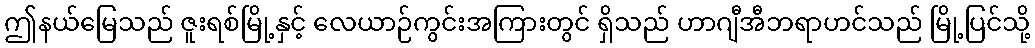
ဤနယ်မြေသည် ဇူးရစ်မြို့နှင့် လေယာဉ်ကွင်းအကြားတွင် ရှိသည် ဟာဂျီအီဘရာဟင်သည် မြို့ပြင်သို့